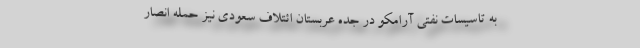
به تاسیسات نفتی آرامکو در جده عربستان ائتلاف سعودی نیز حمله انصار